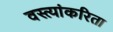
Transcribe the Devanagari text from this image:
वस्त्यांकरिता